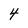
Character: 4